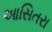
આસિતરા